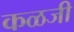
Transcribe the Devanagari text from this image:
कळजी